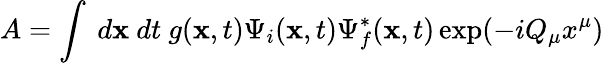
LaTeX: A=\int~d{\mathbf x}~dt~g({\mathbf x},t)\Psi_{i}({\mathbf x},t)\Psi_{f}^{*}({\mathbf x},t)\exp(-iQ_{\mu}x^{\mu})